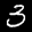
Label: 3